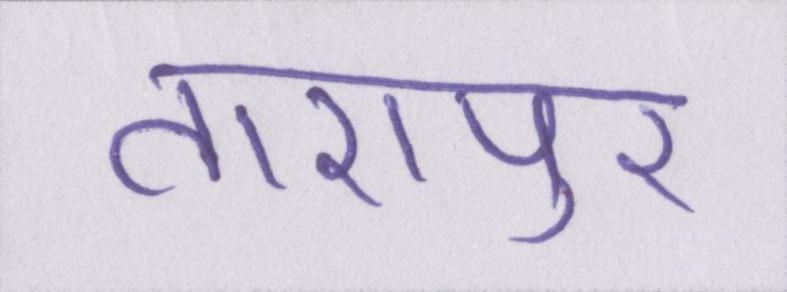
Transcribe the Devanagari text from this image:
तारापुर